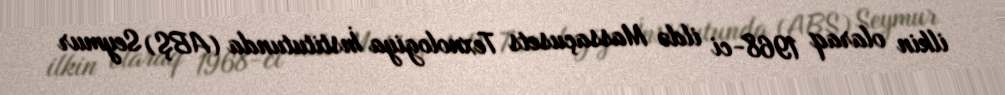
ilkin olaraq 1968-ci ildə Massaçusets Texnologiya İnstitutunda (ABŞ) Seymur